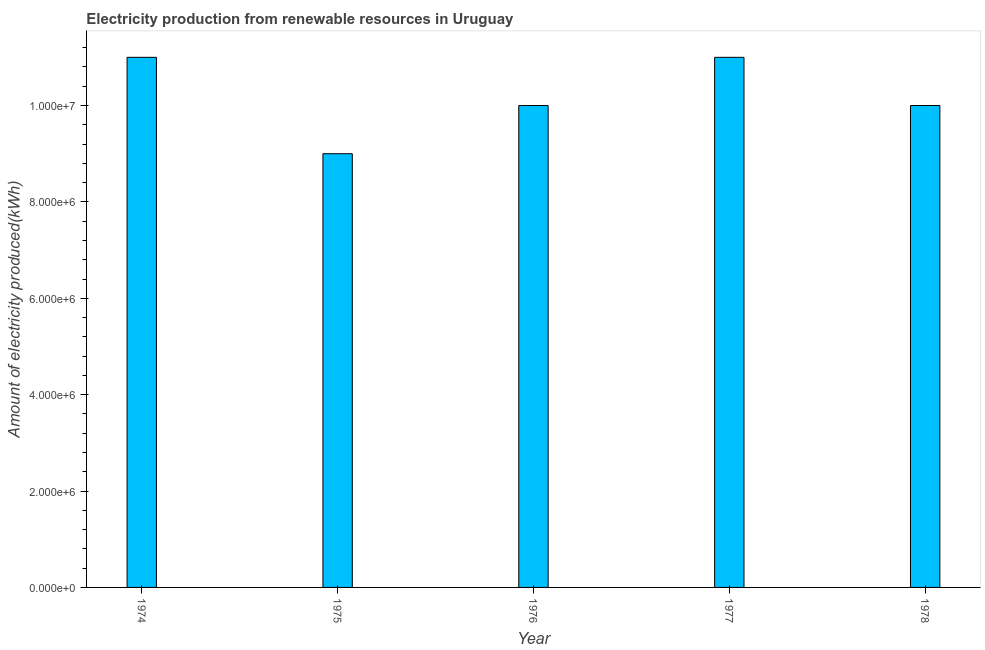
| Year | Electricity production from renewable sources |
 | --- | --- |
 | 1974 | 1.1e+07 |
 | 1975 | 9e+06 |
 | 1976 | 1e+07 |
 | 1977 | 1.1e+07 |
 | 1978 | 1e+07 |